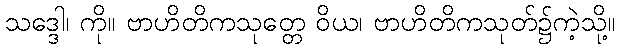
သဒ္ဒေါ၊ ကို။ ဗာဟိတိကသုတ္တေ ဝိယ၊ ဗာဟိတိကသုတ်၌ကဲ့သို့။